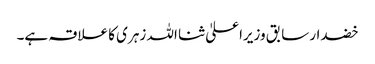
خضدار سابق وزیراعلیٰ ثنا اللہ زہری کا علاقہ ہے۔